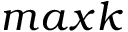
m a x k